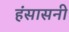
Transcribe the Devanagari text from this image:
हंसासनी